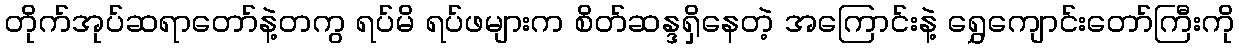
တိုက်အုပ်ဆရာတော်နဲ့တကွ ရပ်မိ ရပ်ဖများက စိတ်ဆန္ဒရှိနေတဲ့ အကြောင်းနဲ့ ရွှေကျောင်းတော်ကြီးကို